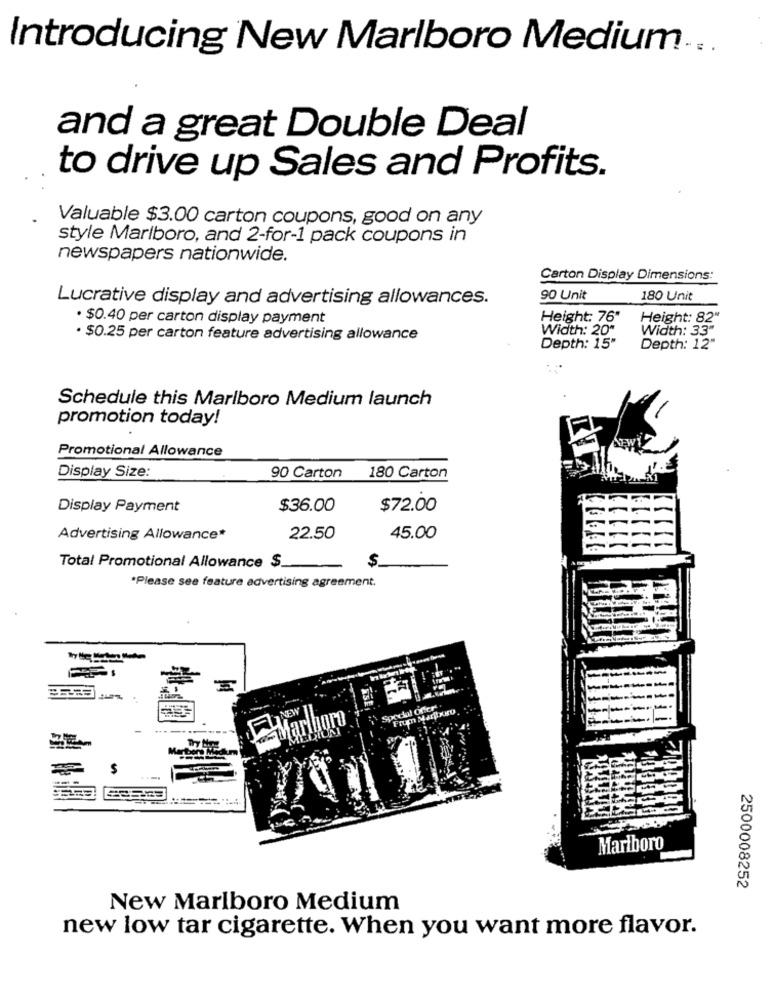
Introducing New Marlboro Medium ...
and a great Double Deal
to drive up Sales and Profits.
Valuable $3.00 carton coupons, good on any
style Marlboro, and 2-for-1 pack coupons in
newspapers nationwide.
Carton Display Dimensions:
Lucrative display and advertising allowances.
90 Unit
180 Unit
· $0.40 per carton display payment
Height: 76"
Height: 82"
Width: 33"
· $0.25 per carton feature advertising allowance
Width: 20“
Depth: 15"
Depth: 12"
Schedule this Marlboro Medium launch
promotion today!
Promotional Allowance
Display Size:
90 Carton 180 Carton
Display Payment
$36.00
$72.00
Advertising Allowance*
22.50
45.00
$.
Total Promotional Allowance $ __
*Please see feature advertising agreement.
Spodal Offer
Marlboro
one Medkun
Marlboro
2500008252
New Marlboro Medium
new low tar cigarette. When you want more flavor.